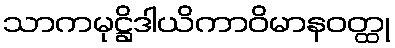
သာကမုဋ္ဌိဒါယိကာဝိမာနဝတ္ထု